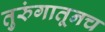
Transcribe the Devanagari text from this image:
तुरुंगातूनच